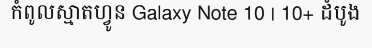
កំពូលស្មាតហ្វូន Galaxy Note 10 | 10+ ដំបូង